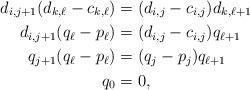
LaTeX: \begin{align*} d_{i,j+1}(d_{k,\ell} - c_{k,\ell}) & = (d_{i,j} - c_{i,j}) d_{k,\ell + 1} \\d_{i,j+1}(q_\ell - p_\ell) & = (d_{i,j}-c_{i,j})q_{\ell +1} \\q_{j+1}(q_\ell - p_\ell) & = ( q_j - p_j)q_{\ell + 1} \\q_0 & = 0,\end{align*}